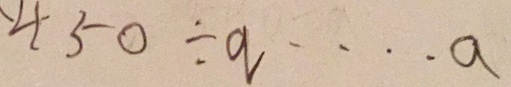
4 5 0 \div q \cdots a